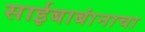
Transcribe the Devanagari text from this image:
साईबाबांनाचा